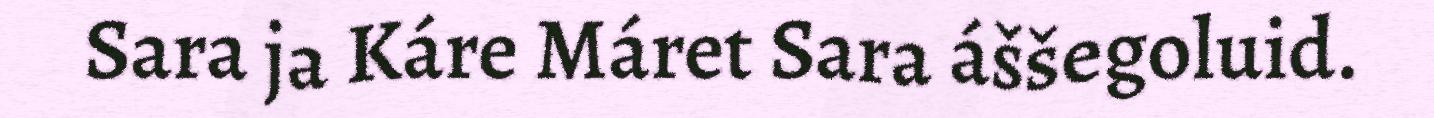
Sara ja Káre Máret Sara áššegoluid.